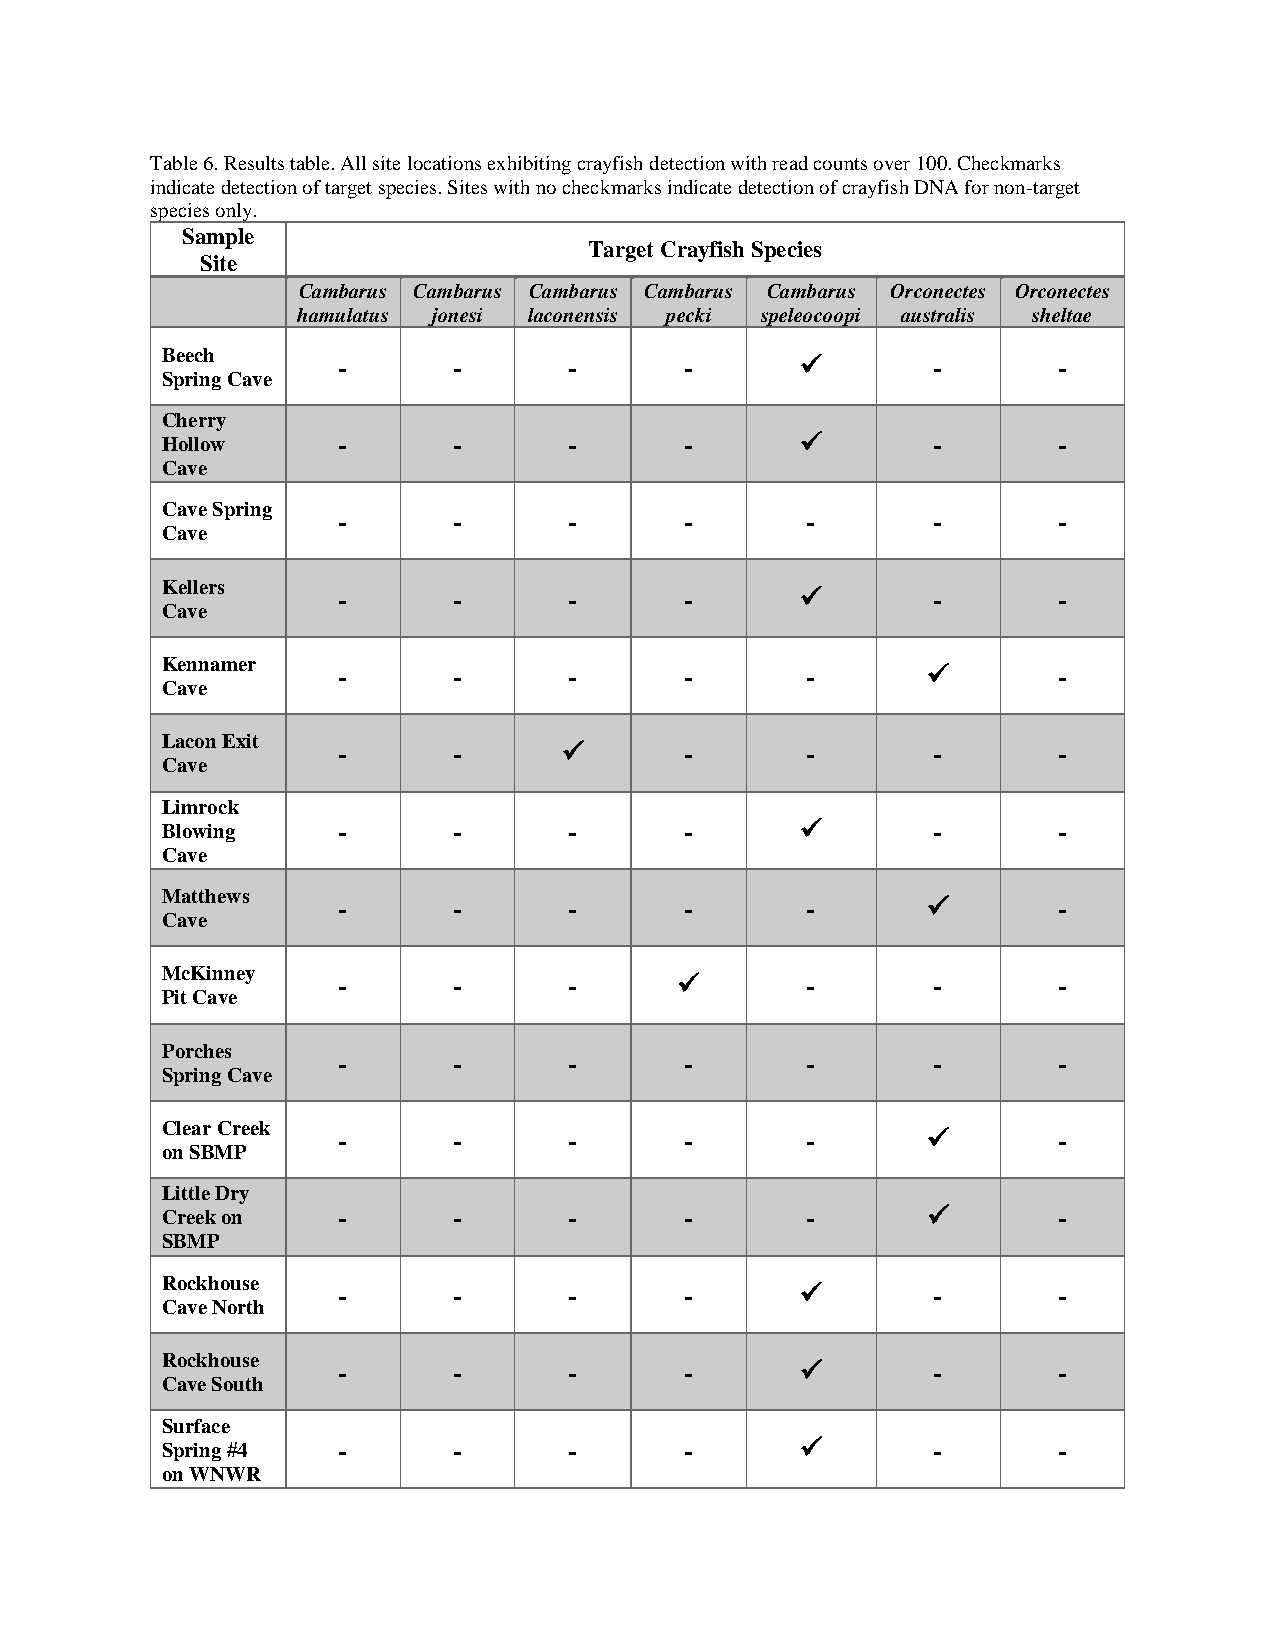
Table 6. Results table. All site locations exhibiting crayfish detection with read counts over 100. Checkmarks
 indicate detection of target species. Sites with no checkmarks indicate detection of crayfish DNA for non-target
 species only.
 Sample
 Target Crayfish Species
 Site
 Cambarus Cambarus Cambarus Cambarus Cambarus Orconectes Orconectes
 hamulatus jonesi laconensis pecki speleocoopi australis sheltae
 Beech
 -       -       -      -       ✓        -       -
 Spring Cave
 Cherry
 Hollow     -       -       -      -       ✓        -       -
 Cave
 Cave Spring
 -       -       -      -       -        -       -
 Cave
 Kellers
 -       -       -      -       ✓        -       -
 Cave
 Kennamer
 -       -       -      -       -       ✓        -
 Cave
 Lacon Exit
 -       -      ✓       -       -        -       -
 Cave
 Limrock
 Blowing    -       -       -      -       ✓        -       -
 Cave
 Matthews
 -       -       -      -       -       ✓        -
 Cave
 McKinney
 -       -       -      ✓       -        -       -
 Pit Cave
 Porches
 -       -       -      -       -        -       -
 Spring Cave
 Clear Creek
 -       -       -      -       -       ✓        -
 on SBMP
 Little Dry
 Creek on   -       -       -      -       -       ✓        -
 SBMP
 Rockhouse
 -       -       -      -       ✓        -       -
 Cave North
 Rockhouse
 -       -       -      -       ✓        -       -
 Cave South
 Surface
 Spring #4  -       -       -      -       ✓        -       -
 on WNWR